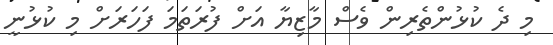
މި ދެ ކުޅުންތެރިން ވެސް މާޒިޔާ އަށް ފުރަތަމަ ފަހަރަށް މި ކުޅުނީ